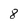
Character: 8